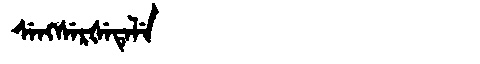
Manchu: ᠰᡝᠩᠰᡝᡵᡧᡝᡨᡝᠯᡝ
Romanization: SENGSERŠETELE